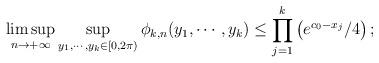
LaTeX: \begin{align*}&\limsup_{n\to+\infty}\sup_{y_1,\cdots,y_k\in [0,2\pi)}\phi_{k,n}(y_1,\cdots,y_k)\leq \prod_{j=1}^k\left(e^{c_0-x_j}/4\right);\end{align*}